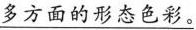
\underline{多方面的形态色彩。}